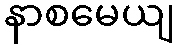
နာစမေယျ